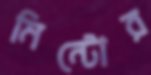
মিন্টোর